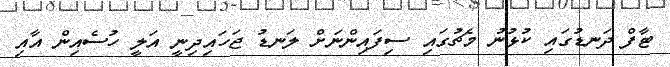
ޓާފް ދަނޑުގައި ކުޅުނު މެޗުގައި ސިފައިންނަށް ލަނޑު ޖަހައިދިނީ އަލީ ހުސެއިން އާއި